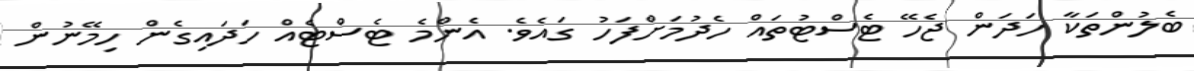
ބެލުންތަކާ ހަދަން ޖެހޭ ޓެސްޓުތައް ހެދުމަށްފަހު ގައެވެ. އެންމެ ޓެސްޓެއް ހަދައިގެން ހިމޭނުން